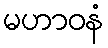
မဟာဝနံ